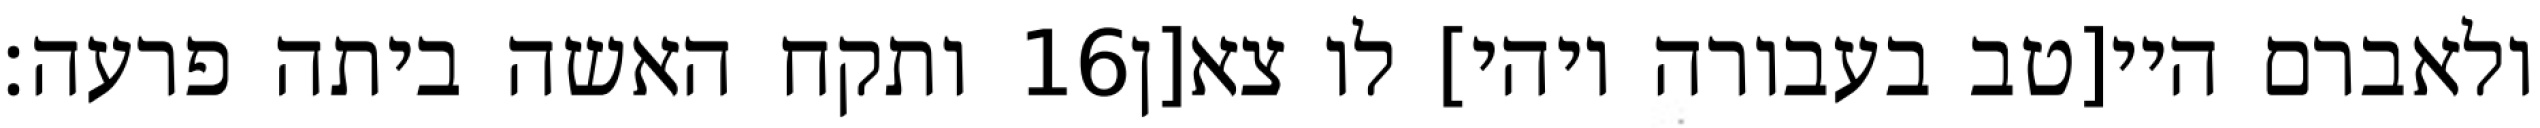
ותקח האשה ביתה פרעה׃ ‎16‏ ולאברם היי[טב בעבורה ויהי] לו צא[ן